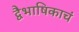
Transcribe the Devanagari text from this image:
द्वैभाषिकाचं